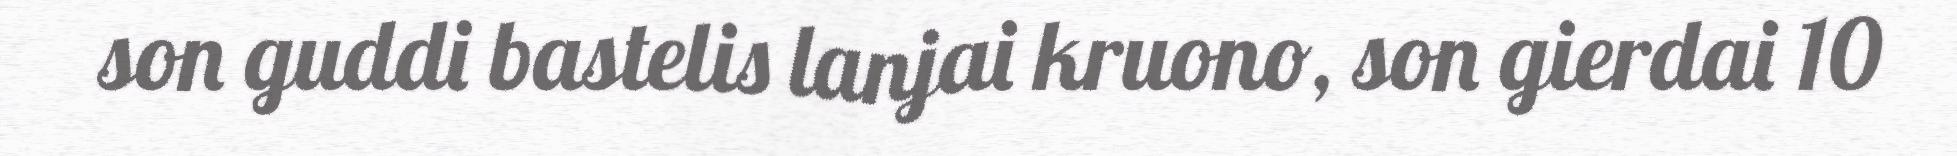
son guddi bastelis lanjai kruono, son gierdai 10